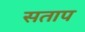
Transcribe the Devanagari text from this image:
सताप